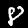
Label: 8